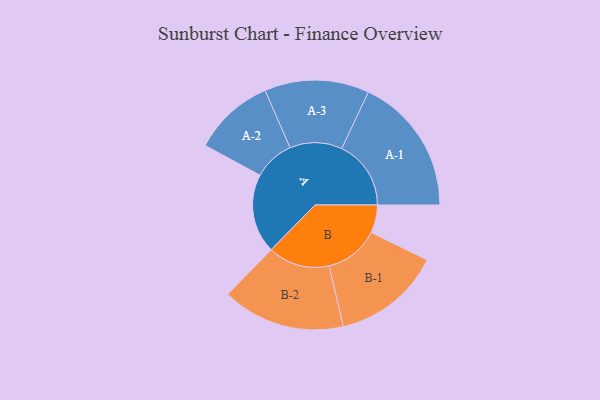
{"axis": {"x": "Segment", "y": "Value"}, "legend": ["", "A", "B"], "data": [{"x": "A", "y": 341, "type": ""}, {"x": "B", "y": 120, "type": ""}, {"x": "A-1", "y": 298, "type": "A"}, {"x": "A-2", "y": 175, "type": "A"}, {"x": "A-3", "y": 225, "type": "A"}, {"x": "B-1", "y": 234, "type": "B"}, {"x": "B-2", "y": 265, "type": "B"}]}